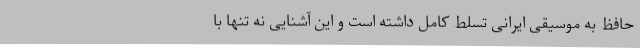
حافظ به موسیقی ایرانی تسلط کامل داشته است و این آشنایی نه تنها با